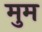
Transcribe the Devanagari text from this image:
मुम